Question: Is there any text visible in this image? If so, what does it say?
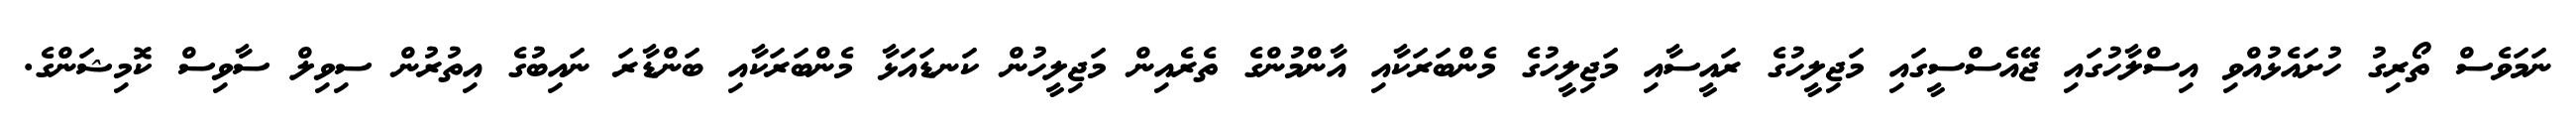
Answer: ނަމަވެސް ތޯރިގު ހުށައެޅުއްވި އިސްލާހުގައި ޖޭއެސްސީގައި މަޖިލީހުގެ ރައީސާއި މަޖިލީހުގެ މެންބަރަކާއި އާންމުންގެ ތެރެއިން މަޖިލީހުން ކަނޑައަޅާ މެންބަރަކާއި ބަންޑާރަ ނައިބުގެ އިތުރުން ސިވިލް ސާވިސް ކޮމިޝަންގެ.